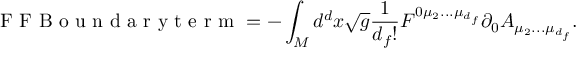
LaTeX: \textnormal { F F B o u n d a r y t e r m } = - \int _ { \cal M } d ^ { d } x \sqrt g \frac { 1 } { d _ { f } ! } F ^ { 0 \mu _ { 2 } . . . \mu _ { d _ { f } } } \partial _ { 0 } A _ { \mu _ { 2 } . . . \mu _ { d _ { f } } } .